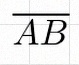
\overline{AB}